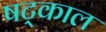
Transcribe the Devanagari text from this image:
षट्काल